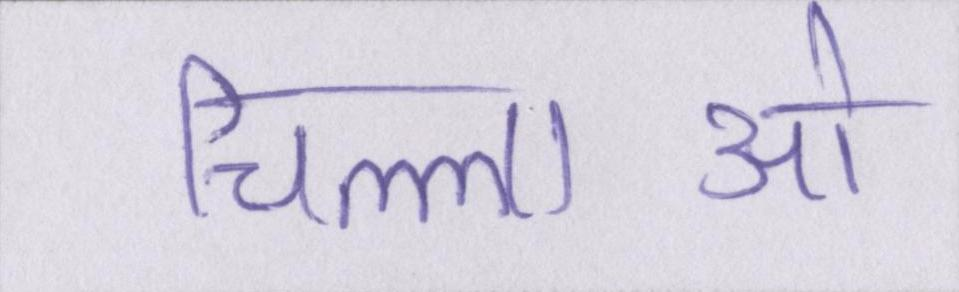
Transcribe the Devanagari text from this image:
चिल्लाओ